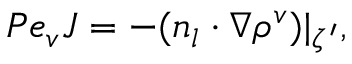
P e _ { v } J = - ( \boldsymbol { n _ { l } } \cdot \nabla \rho ^ { v } ) | _ { \zeta ^ { \prime } } ,